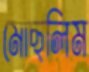
মোছলিম